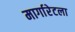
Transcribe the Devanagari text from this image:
मार्गारेटला